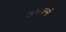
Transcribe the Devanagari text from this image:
अनजन्में